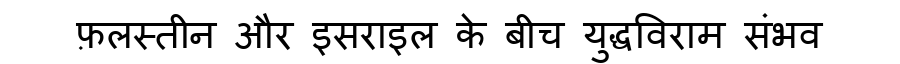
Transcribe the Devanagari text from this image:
फ़लस्तीन और इसराइल के बीच युद्धविराम संभव